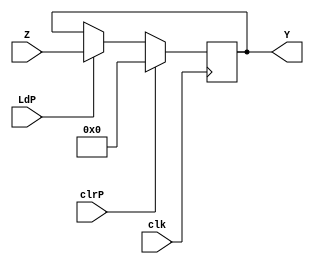
module PIPO2 (Y,Z, LdP,
clrP, clk);
input [15:0] Z;
input LdP, clrP, clk;
output reg [15:0] Y;
always @(posedge clk)
if (clrP) 
  Y <= 16'b0;
else if (LdP) 
  Y <= Z;//Y, Z, LdP, clrP, clk
endmodule